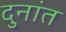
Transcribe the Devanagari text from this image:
दुनांत